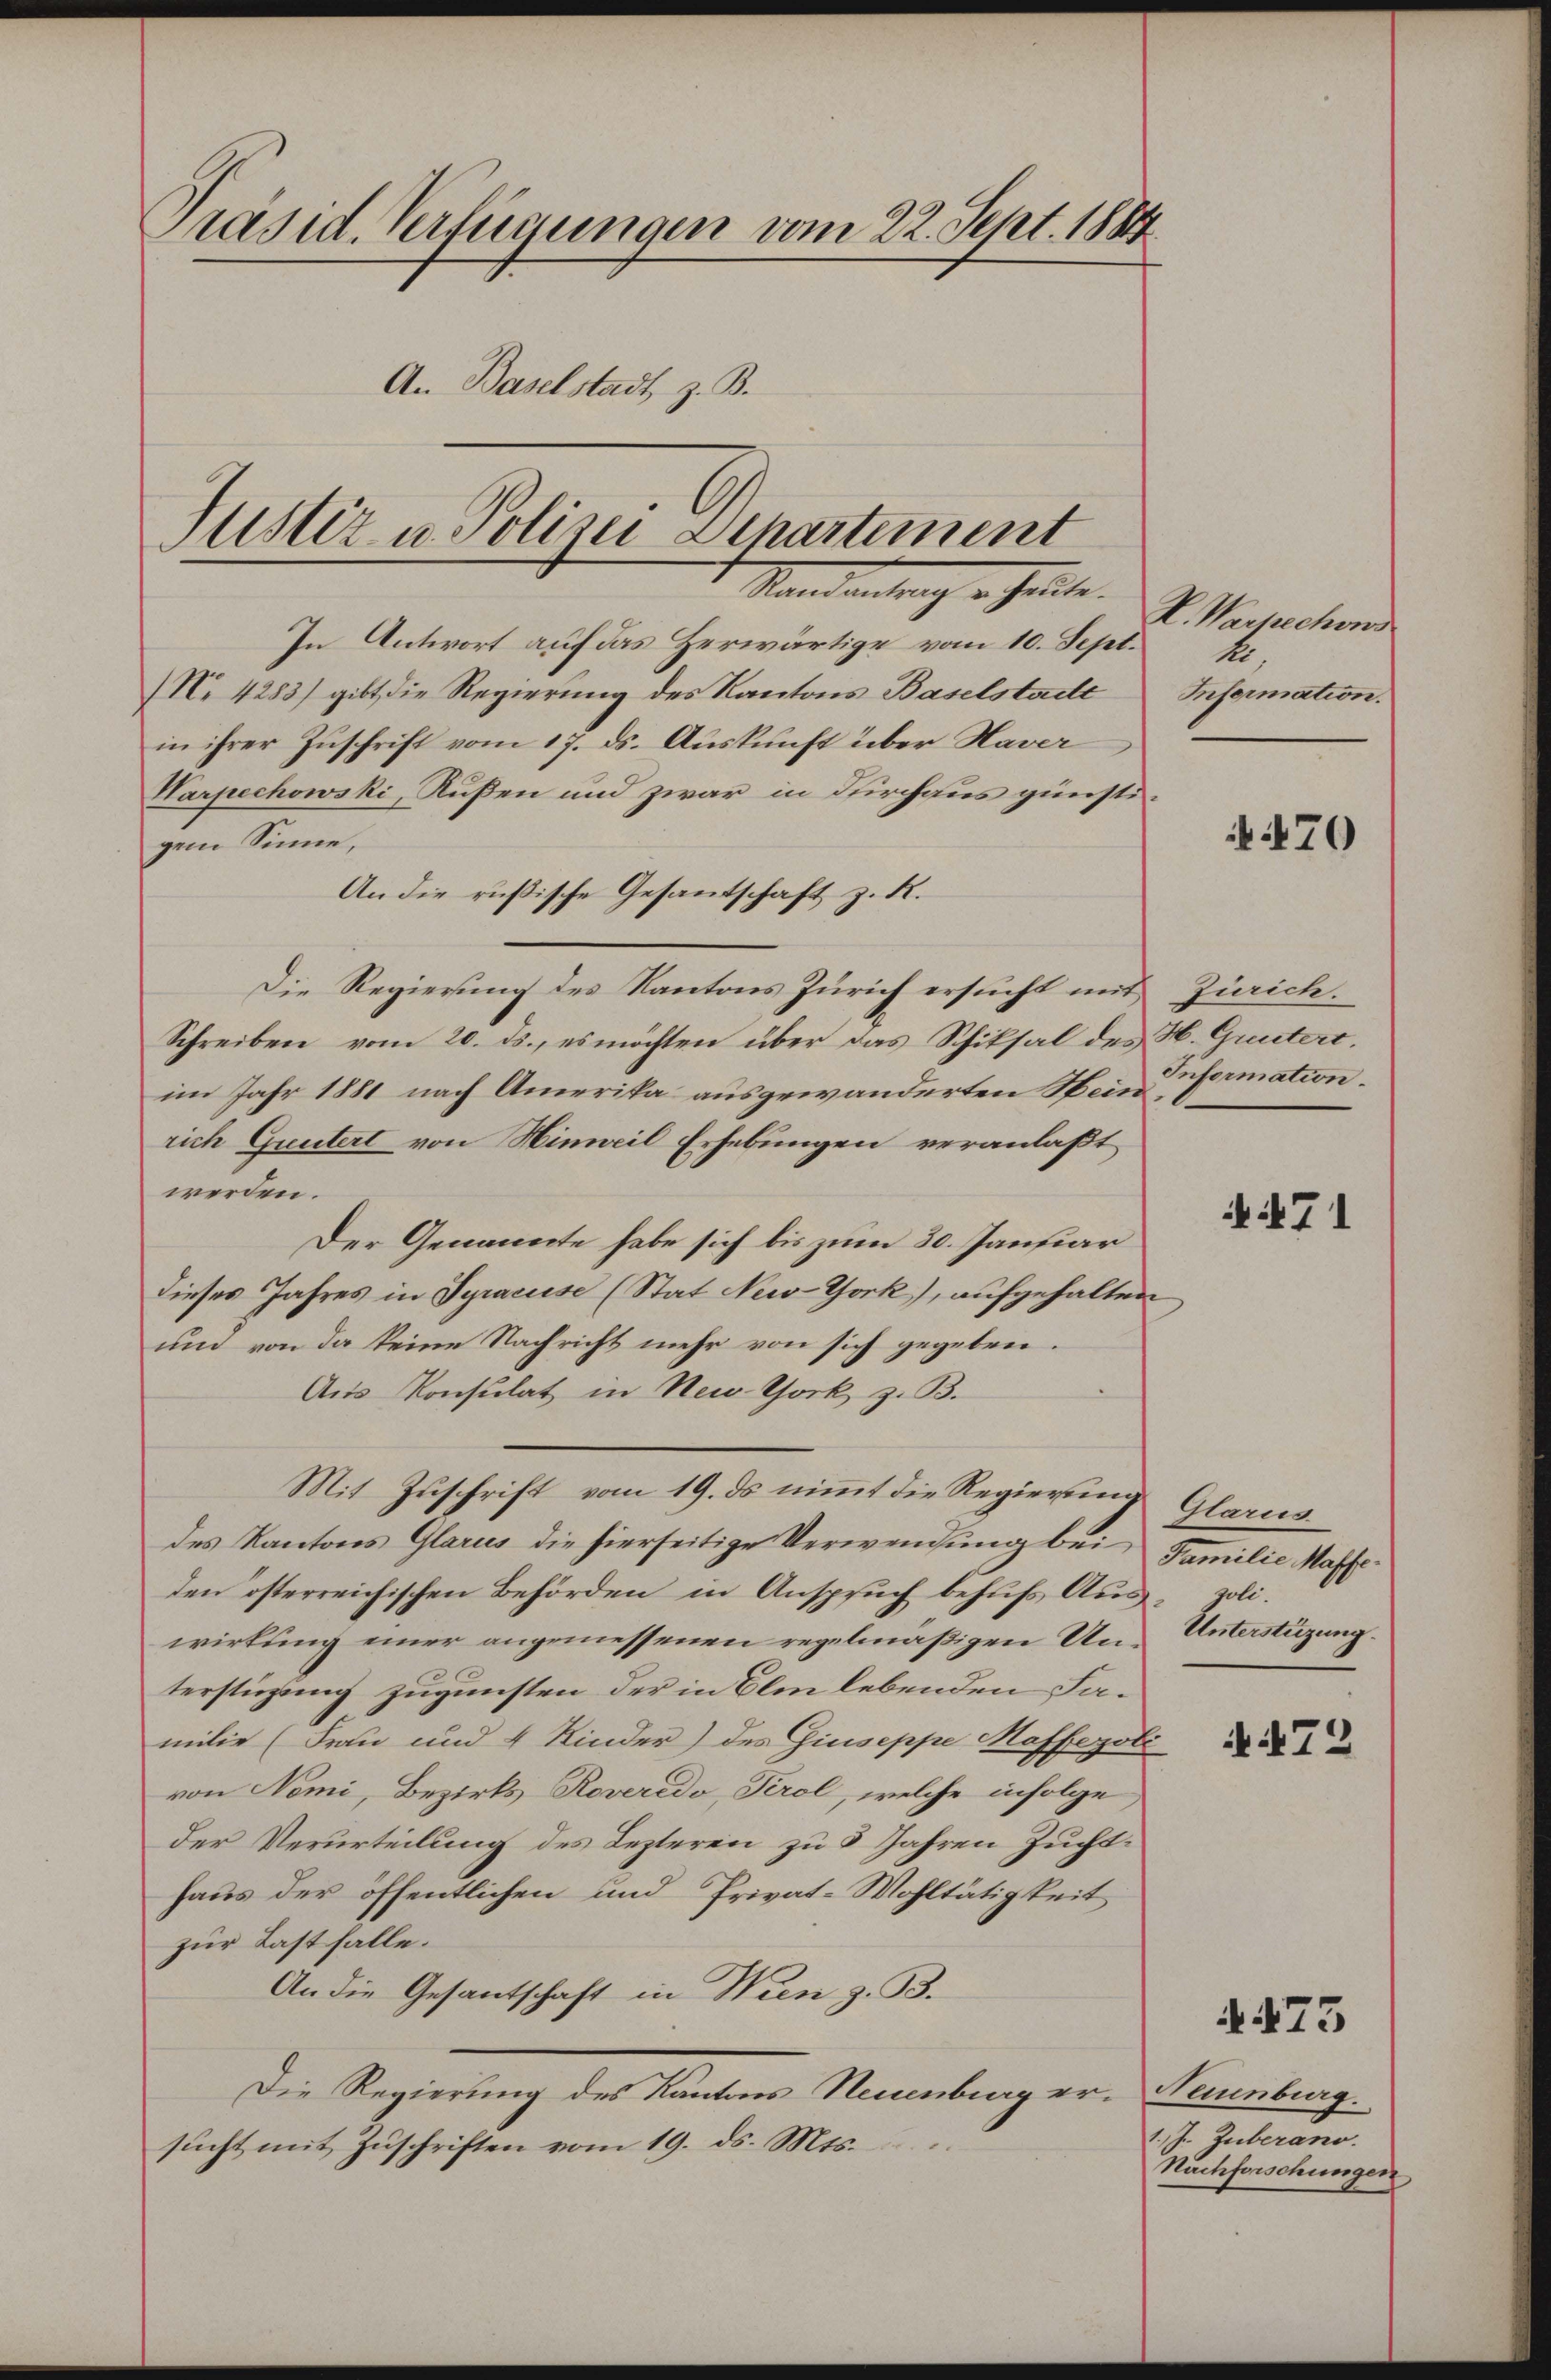
Präsid. Verfügungen vom 22. Sept. 1881
An Baselstadt, z. B.
Justiz u. Polizei Departement

Ramantrag u. Heute.

In Antwort auf das Herwärtige vom 10. Sept.
No. 4283) gibt die Regierung des Kantons Baselstadt Infermation.
in ihrer Zuschrift vom 17. ds. Auskunft über Naver
Harpechowski, Rußen und zwar in Kirchaus günstigem Sinne,
An die rußische Gesandschaft z. R.
Die Regierung des Kantons Zürich ersucht mit Zürich.
Schreiben vom 20. ds., es möchten über das Schiksal des H. Guutert.
im Jahr 1881 nach Amerika ausgewanderten Wein
rich Greutert von Hinweil Erhebungen veranlaßt
werden.
Der Genannte habe sich bis zum 30. Januar
dieses Jahres in Syracuse (Stat New-York), aufgehalten
und von da keine Nachricht mehr von sich gegeben.
Aus Konsulat in New-York z. B.
Mit Zuschrift vom 19. ds nimmt die Regierung Glarus
des Kantons Glarus die hierseitige Verwendung bei
den österreichischen Behörden in Anspruch behufs Aus- soli-
wirkung einer angemessenen regelmäßigen Un-Unterstüzung.
terstüzung zugunsten der in Olm lebenden Familie (Frau und 4 Kinder) des Giuseppe Masseroli
von Nomi, Bezirks Roveredo, Perol, welche infolge
der Verurteilung des Lezteren zu 5 Jahren Zuchthaus der öffentlichen und Privat-Wohltätigkeit
zur Last falle.
An die Gesantschaft in Wien z. B.
Die Regierung des Kantons Neuenburg er-Neuenburg.
sucht mit Zuschriften vom 19. ds. Mts.

V. Warpechows
ke.

470

Information.

471

Familie Masse.

N.472

A.473

1.J. Zuberano.
Nachforschungen